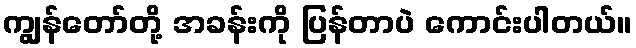
ကျွန်တော်တို့ အခန်းကို ပြန်တာပဲ ကောင်းပါတယ်။